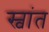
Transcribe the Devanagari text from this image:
स्वांत